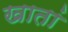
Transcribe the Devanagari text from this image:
खातां